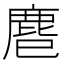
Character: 𪊍